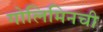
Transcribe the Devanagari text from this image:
गोलिमिनची